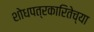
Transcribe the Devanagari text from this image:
शोधपत्रकारितेच्या